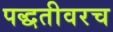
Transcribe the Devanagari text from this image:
पद्धतीवरच